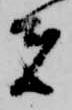
者